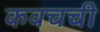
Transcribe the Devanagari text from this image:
कवचची